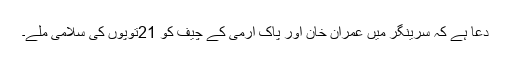
دعا ہے کہ سرینگر میں عمران خان اور پاک آرمی کے چیف کو 21توپوں کی سلامی ملے۔